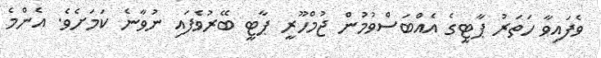
ވެފައިވާ ހަތަރު ޕާޓީގެ އެއްބަސްވުމުން ޖުމްހޫރީ ޕާޓީ ބޭރުވެފައި ނުވާނެ ކަމަށެވެ. އެންމެ